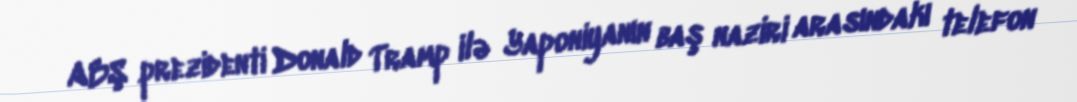
ABŞ prezidenti Donald Tramp ilə Yaponiyanın baş naziri arasındakı telefon